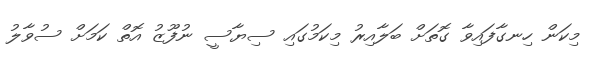
މިކަން ހިނގާފައިވާ ގޮތަށް ބަލާއިރު މިކަމުގައި ސިޔާސީ ނުފޫޒު އޮތް ކަމަށް ސުވާލު